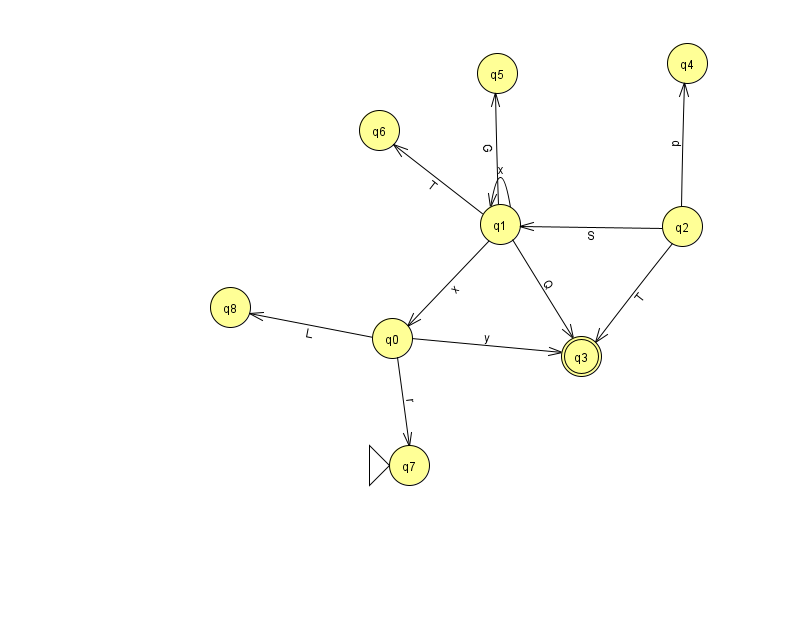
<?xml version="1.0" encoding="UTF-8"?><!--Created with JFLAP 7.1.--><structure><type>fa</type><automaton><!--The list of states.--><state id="0" name="q0"><x>392.0</x><y>325.0</y></state><state id="1" name="q1"><x>500.0</x><y>211.0</y></state><state id="2" name="q2"><x>682.0</x><y>213.0</y></state><state id="3" name="q3"><x>581.0</x><y>343.0</y><final/></state><state id="4" name="q4"><x>687.0</x><y>50.0</y></state><state id="5" name="q5"><x>497.0</x><y>60.0</y></state><state id="6" name="q6"><x>379.0</x><y>117.0</y></state><state id="7" name="q7"><x>409.0</x><y>452.0</y><initial/></state><state id="8" name="q8"><x>230.0</x><y>294.0</y></state><!--The list of transitions.--><transition><from>2</from><to>1</to><read>S</read></transition><transition><from>2</from><to>4</to><read>p</read></transition><transition><from>0</from><to>3</to><read>y</read></transition><transition><from>0</from><to>7</to><read>r</read></transition><transition><from>1</from><to>6</to><read>T</read></transition><transition><from>1</from><to>1</to><read>x</read></transition><transition><from>0</from><to>8</to><read>L</read></transition><transition><from>1</from><to>5</to><read>G</read></transition><transition><from>2</from><to>3</to><read>T</read></transition><transition><from>1</from><to>0</to><read>x</read></transition><transition><from>1</from><to>3</to><read>Q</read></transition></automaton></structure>